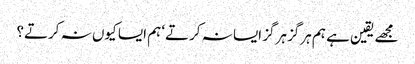
مجھے یقین ہے ہم ہرگز ہرگز ایسا نہ کرتے‘ ہم ایسا کیوں نہ کرتے؟